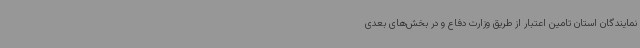
نمایندگان استان تامین اعتبار از طریق وزارت دفاع و در بخش‌های بعدی